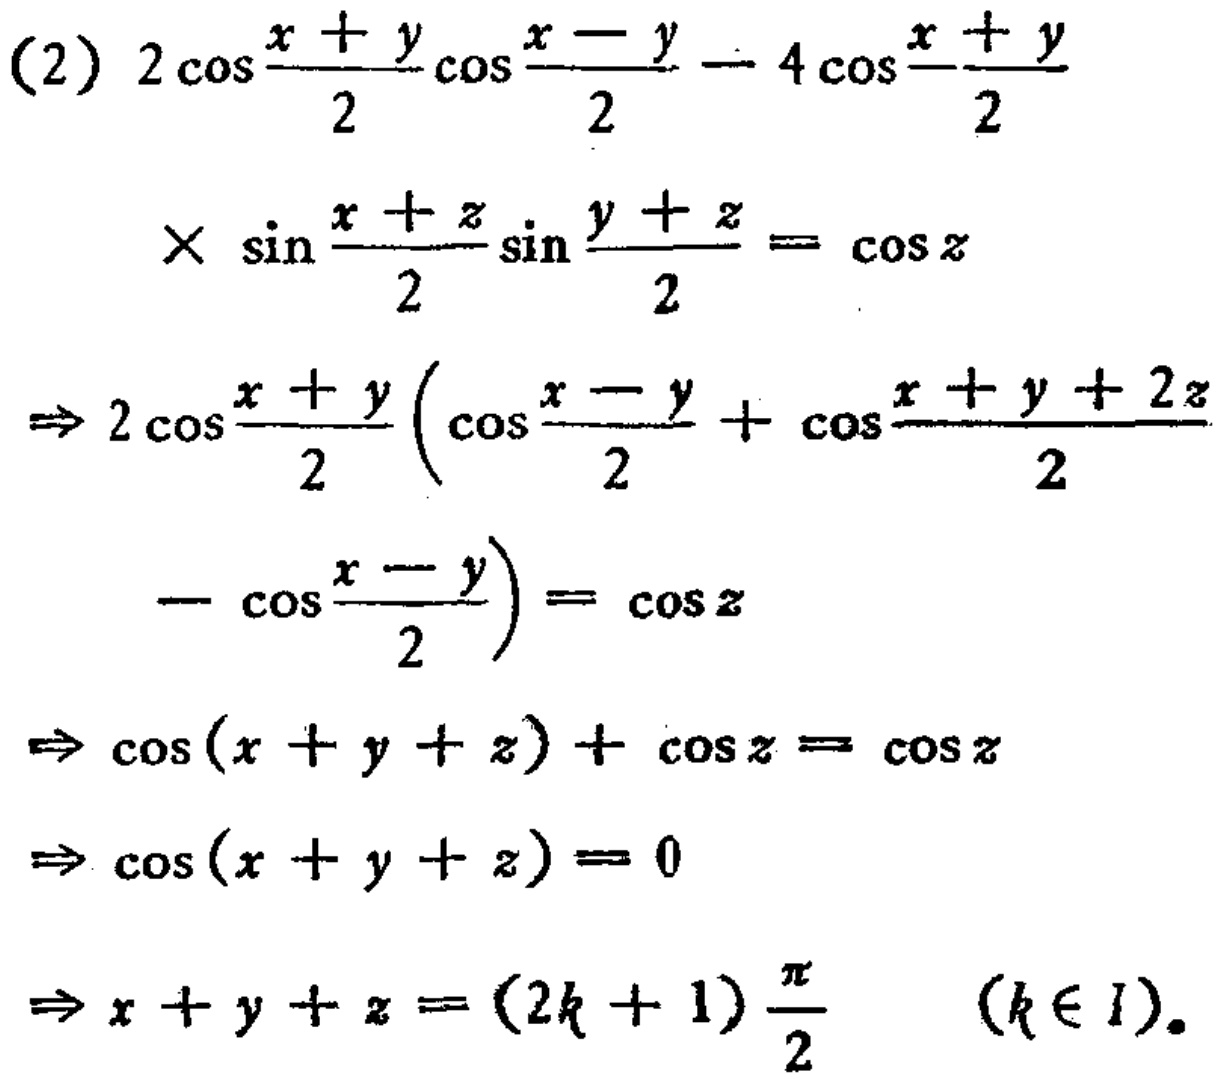
\[

\begin{align*}

&(2)~2\cos\frac{x + y}{2}\cos\frac{x - y}{2}-4\cos\frac{x + y}{2}\\

&\times\sin\frac{x + z}{2}\sin\frac{y + z}{2}=\cos z\\

\Rightarrow&2\cos\frac{x + y}{2}\left(\cos\frac{x - y}{2}+\cos\frac{x + y + 2z}{2}-\cos\frac{x - y}{2}\right)=\cos z\\

\Rightarrow&\cos(x + y + z)+\cos z=\cos z\\

\Rightarrow&\cos(x + y + z)=0\\

\Rightarrow&x + y + z=(2k + 1)\frac{\pi}{2}\quad(k\in I).

\end{align*}

\]